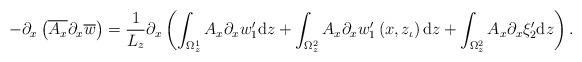
LaTeX: \begin{align*}-\partial_x\left(\overline{A_x}\partial_x\overline{w}\right)=\frac{1}{L_z}\partial_x\left(\int_{\Omega_z^1}A_x \partial_xw^\prime_1 \mathrm{d}z+\int_{\Omega_z^2}A_x \partial_xw_1^\prime\left(x,z_\iota\right) \mathrm{d}z+\int_{\Omega_z^2}A_x \partial_x\xi_2^\prime\mathrm{d}z\right).\end{align*}